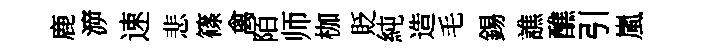
鹿㴑速悲篠禽陌师枷貶純造毛錫譙醮引嵐